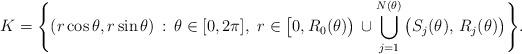
LaTeX: \begin{align*} K= \Bigg\{ (r \cos\theta, r\sin\theta)\, : \, \theta\in[0,2\pi], \ r\in \big [0, R_0(\theta)\big)\, \cup \bigcup_{j=1}^{N(\theta)}\big(S_j(\theta),\, R_j (\theta) \big) \Bigg\}.\end{align*}